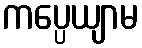
ကပ္ပေယျာမ